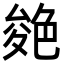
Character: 𦫝